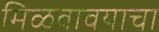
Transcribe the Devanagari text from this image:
मिळवावयाचा